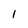
Character: I